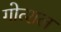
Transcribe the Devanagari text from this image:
गोत्शल